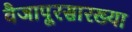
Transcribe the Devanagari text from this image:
वैजापूरसारख्या